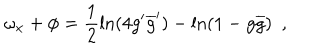
\omega _ { x } + \phi = \frac { 1 } { 2 } \ln ( 4 g ^ { \prime } \overline { { { g } } } ^ { \prime } ) - \ln ( 1 - g \overline { { { g } } } ) ~ ~ ,